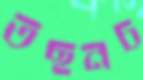
তছনচ